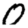
Digit: 0